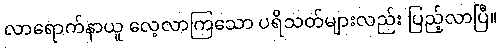
လာရောက်နာယူ လေ့လာကြသော ပရိသတ်များလည်း ပြည့်လာပြီ။